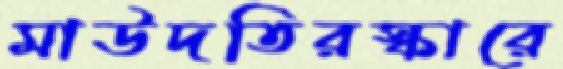
মাউদতিরস্কারে